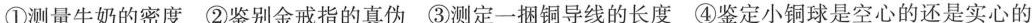
①测量牛奶的密度 ②鉴别金戒指的真伪 ③测定一捆铜导线的长度 ④鉴定小铜球是空心的还是实心的